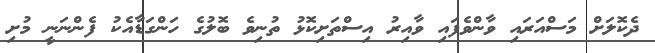
ދެކޮލަށް މަސްއަރައި ވާންވެފައި ވާއިރު އިސްތަށިކޮޅު ތުނިވެ ބޮލުގެ ހަންގަޑާއެކު ފެންނަނީ މުށި